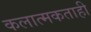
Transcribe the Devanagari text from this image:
कलात्मकताही